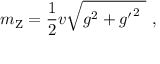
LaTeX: m _ { \mathrm { Z } } = { \frac { 1 } { 2 } } v { \sqrt { g ^ { 2 } + { g ^ { \prime } } ^ { 2 } \ } } \ ,